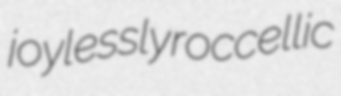
joylessly roccellic